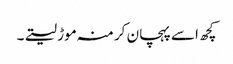
کچھ اسے پہچان کر منہ موڑ لیتے۔